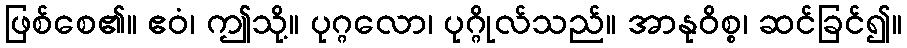
ဖြစ်စေ၏။ ဧဝံ၊ ဤသို့။ ပုဂ္ဂလော၊ ပုဂ္ဂိုလ်သည်။ အာနုဝိစ္စ၊ ဆင်ခြင်၍။